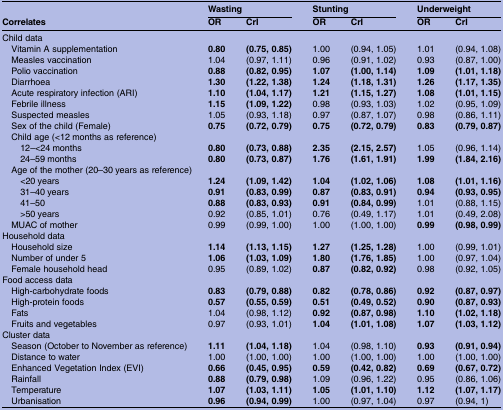
<table><thead><tr><td></td><td colspan="2"><b>Wasting</b></td><td colspan="2"><b>Stunting</b></td><td colspan="2"><b>Underweight</b></td></tr><tr><td><b>Correlates</b></td><td><b>OR</b></td><td><b>CrI</b></td><td><b>OR</b></td><td><b>CrI</b></td><td><b>OR</b></td><td><b>CrI</b></td></tr></thead><tbody><tr><td colspan="7">Child data</td></tr><tr><td> Vitamin A supplementation</td><td><b>0.80</b></td><td><b>(0.75, 0.85)</b></td><td>1.00</td><td>(0.94, 1.05)</td><td>1.01</td><td>(0.94, 1.08)</td></tr><tr><td> Measles vaccination</td><td>1.04</td><td>(0.97, 1.11)</td><td>0.96</td><td>(0.91, 1.02)</td><td>0.93</td><td>(0.87, 1.00)</td></tr><tr><td> Polio vaccination</td><td><b>0.88</b></td><td><b>(0.82, 0.95)</b></td><td><b>1.07</b></td><td><b>(1.00, 1.14)</b></td><td><b>1.09</b></td><td><b>(1.01, 1.18)</b></td></tr><tr><td> Diarrhoea</td><td><b>1.30</b></td><td><b>(1.22, 1.38)</b></td><td><b>1.24</b></td><td><b>(1.18, 1.31)</b></td><td><b>1.26</b></td><td><b>(1.17, 1.35)</b></td></tr><tr><td> Acute respiratory infection (ARI)</td><td><b>1.10</b></td><td><b>(1.04, 1.17)</b></td><td><b>1.21</b></td><td><b>(1.15, 1.27)</b></td><td><b>1.08</b></td><td><b>(1.01, 1.15)</b></td></tr><tr><td> Febrile illness</td><td><b>1.15</b></td><td><b>(1.09, 1.22)</b></td><td>0.98</td><td>(0.93, 1.03)</td><td>1.02</td><td>(0.95, 1.09)</td></tr><tr><td> Suspected measles</td><td>1.05</td><td>(0.93, 1.18)</td><td>0.97</td><td>(0.87, 1.07)</td><td>0.98</td><td>(0.86, 1.11)</td></tr><tr><td> Sex of the child (Female)</td><td><b>0.75</b></td><td><b>(0.72, 0.79)</b></td><td><b>0.75</b></td><td><b>(0.72, 0.79)</b></td><td><b>0.83</b></td><td><b>(0.79, 0.87)</b></td></tr><tr><td colspan="7"> Child age (&lt;12 months as reference)</td></tr><tr><td>12–&lt;24 months</td><td><b>0.80</b></td><td><b>(0.73, 0.88)</b></td><td><b>2.35</b></td><td><b>(2.15, 2.57)</b></td><td>1.05</td><td>(0.96, 1.14)</td></tr><tr><td>24–59 months</td><td><b>0.80</b></td><td><b>(0.73, 0.87)</b></td><td><b>1.76</b></td><td><b>(1.61, 1.91)</b></td><td><b>1.99</b></td><td><b>(1.84, 2.16)</b></td></tr><tr><td colspan="7"> Age of the mother (20–30 years as reference)</td></tr><tr><td>&lt;20 years</td><td><b>1.24</b></td><td><b>(1.09, 1.42)</b></td><td><b>1.04</b></td><td><b>(1.02, 1.06)</b></td><td><b>1.08</b></td><td><b>(1.01, 1.16)</b></td></tr><tr><td>31–40 years</td><td><b>0.91</b></td><td><b>(0.83, 0.99)</b></td><td><b>0.87</b></td><td><b>(0.83, 0.91)</b></td><td><b>0.94</b></td><td><b>(0.93, 0.95)</b></td></tr><tr><td>41–50</td><td><b>0.88</b></td><td><b>(0.83, 0.93)</b></td><td><b>0.91</b></td><td><b>(0.84, 0.99)</b></td><td>1.01</td><td>(0.88, 1.15)</td></tr><tr><td>&gt;50 years</td><td>0.92</td><td>(0.85, 1.01)</td><td>0.76</td><td>(0.49, 1.17)</td><td>1.01</td><td>(0.49, 2.08)</td></tr><tr><td> MUAC of mother</td><td>0.99</td><td>(0.99, 1.00)</td><td>1.00</td><td>(1.00, 1.00)</td><td><b>0.99</b></td><td><b>(0.98, 0.99)</b></td></tr><tr><td colspan="7">Household data</td></tr><tr><td> Household size</td><td><b>1.14</b></td><td><b>(1.13, 1.15)</b></td><td><b>1.27</b></td><td><b>(1.25, 1.28)</b></td><td>1.00</td><td>(0.99, 1.01)</td></tr><tr><td> Number of under 5</td><td><b>1.06</b></td><td><b>(1.03, 1.09)</b></td><td><b>1.80</b></td><td><b>(1.76, 1.85)</b></td><td>1.00</td><td>(0.97, 1.04)</td></tr><tr><td> Female household head</td><td>0.95</td><td>(0.89, 1.02)</td><td><b>0.87</b></td><td><b>(0.82, 0.92)</b></td><td>0.98</td><td>(0.92, 1.05)</td></tr><tr><td colspan="7">Food access data</td></tr><tr><td> High-carbohydrate foods</td><td><b>0.83</b></td><td><b>(0.79, 0.88)</b></td><td><b>0.82</b></td><td><b>(0.78, 0.86)</b></td><td><b>0.92</b></td><td><b>(0.87, 0.97)</b></td></tr><tr><td> High-protein foods</td><td><b>0.57</b></td><td><b>(0.55, 0.59)</b></td><td><b>0.51</b></td><td><b>(0.49, 0.52)</b></td><td><b>0.90</b></td><td><b>(0.87, 0.93)</b></td></tr><tr><td> Fats</td><td>1.04</td><td>(0.98, 1.12)</td><td><b>0.92</b></td><td><b>(0.87, 0.98)</b></td><td><b>1.10</b></td><td><b>(1.02, 1.18)</b></td></tr><tr><td> Fruits and vegetables</td><td>0.97</td><td>(0.93, 1.01)</td><td><b>1.04</b></td><td><b>(1.01, 1.08)</b></td><td><b>1.07</b></td><td><b>(1.03, 1.12)</b></td></tr><tr><td colspan="7">Cluster data</td></tr><tr><td> Season (October to November as reference)</td><td><b>1.11</b></td><td><b>(1.04, 1.18)</b></td><td>1.04</td><td>(0.98, 1.10)</td><td><b>0.93</b></td><td><b>(0.91, 0.94)</b></td></tr><tr><td> Distance to water</td><td>1.00</td><td>(1.00, 1.00)</td><td>1.00</td><td>(1.00, 1.00)</td><td>1.00</td><td>(1.00, 1.00)</td></tr><tr><td> Enhanced Vegetation Index (EVI)</td><td><b>0.66</b></td><td><b>(0.45, 0.95)</b></td><td><b>0.59</b></td><td><b>(0.42, 0.82)</b></td><td><b>0.69</b></td><td><b>(0.67, 0.72)</b></td></tr><tr><td> Rainfall</td><td><b>0.88</b></td><td><b>(0.79, 0.98)</b></td><td>1.09</td><td>(0.96, 1.22)</td><td>0.95</td><td>(0.86, 1.06)</td></tr><tr><td> Temperature</td><td><b>1.07</b></td><td><b>(1.03, 1.11)</b></td><td><b>1.05</b></td><td><b>(1.01, 1.10)</b></td><td><b>1.12</b></td><td><b>(1.07, 1.17)</b></td></tr><tr><td> Urbanisation</td><td><b>0.96</b></td><td><b>(0.94, 0.99)</b></td><td>1.00</td><td>(0.97, 1.04)</td><td>0.97</td><td>(0.94, 1)</td></tr></tbody></table>